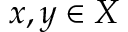
x , y \in X